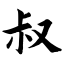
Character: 叔